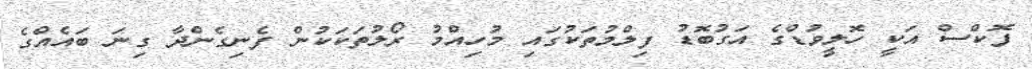
ފޮކްސް އަކީ ހޮލީވުޑްގެ އަގުބޮޑު ފިލްމުތަކުގައި މުހިއްމު ރޯލުތަކަކުން ފެނިގެންދާ ގިނަ ބައެއްގެ